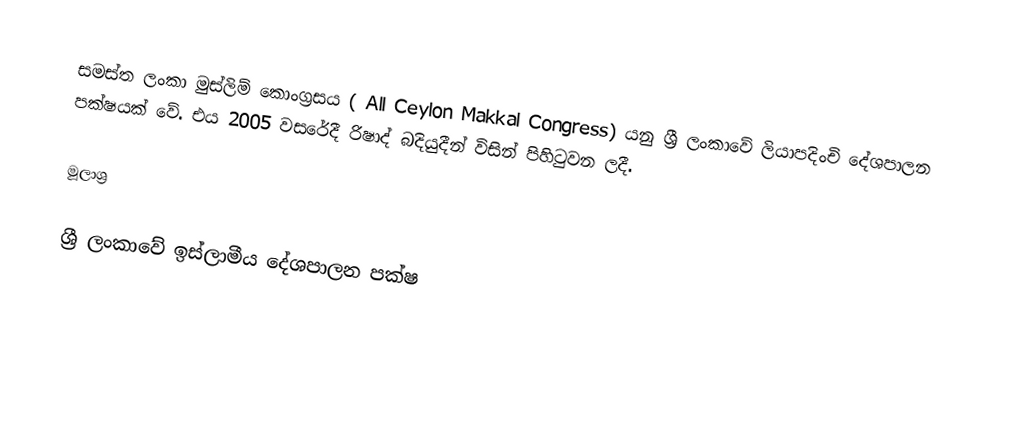
සමස්ත ලංකා මුස්ලිම් කොංග්‍රසය ( All Ceylon Makkal Congress) යනු ශ්‍රී ලංකාවේ ලියාපදිංචි දේශපාලන පක්ෂයක් වේ. එය 2005 වසරේදී රිෂාද් බදියුදීන් විසින් පිහිටුවන ලදී.

මූලාශ්‍ර

ශ්‍රී ලංකාවේ ඉස්ලාමීය දේශපාලන පක්ෂ